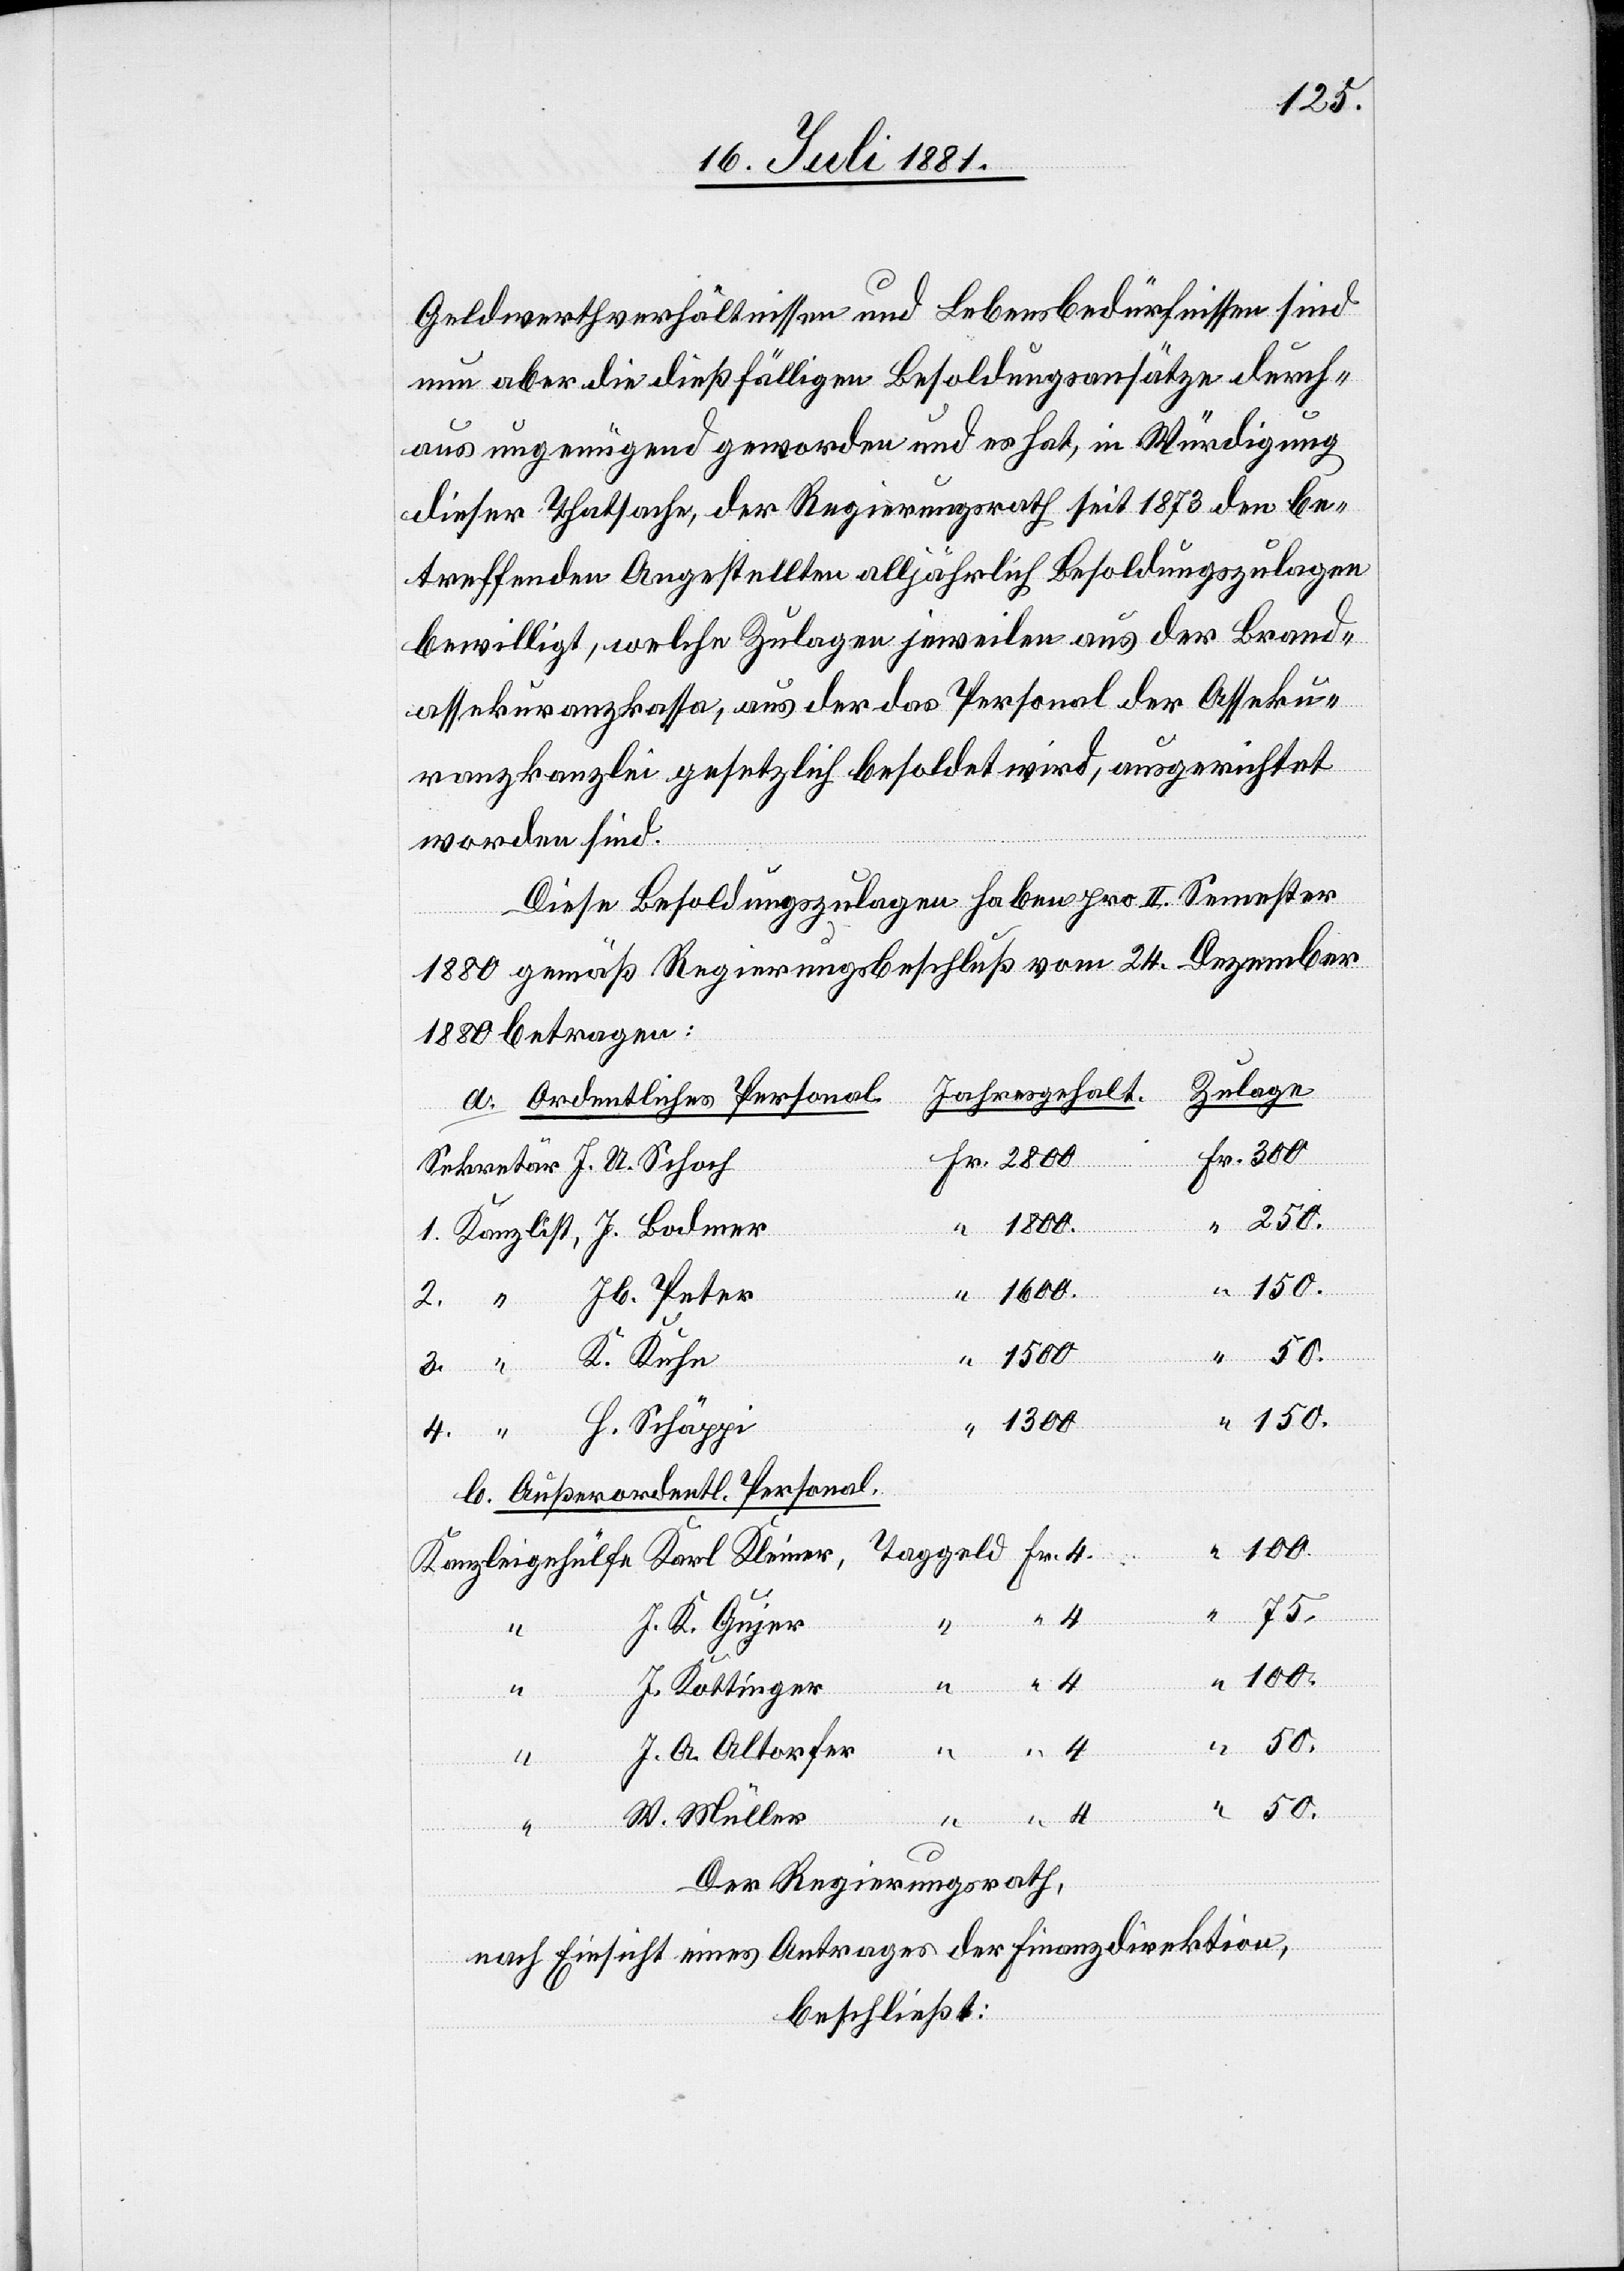
250.
Geldwerthverhältnissen und Lebensbedürfnissen sind
nun aber die dießfälligen Besoldungsumsätze durch¬
aus ungenügend geworden und es hat, in Würdigung
dieser Thatsache, der Regierungsrath seit 1873 den be¬
treffenden Angestellten alljährlich Besoldungszulagen
bewilligt, welche Zulagen jeweilen aus der Brand¬
assekuranzkassa, aus der das Personal der Asseku¬
ranzkanzlei gesetzlich besoldet wird, ausgerichtet
worden sind.
Diese Besoldungszulagen haben pro II. Semester
1880 gemäß Regierungsbeschluß vom 24. Dezember
1880 betragen:
Zulagen
Jahresgehalt
a. Ordentliches Personal
100.
Jb. Peter
150.
K. Kuhn
3.
H. Schäppi
75.
b. Außerordentliches Personal.
J. K. Gujer
4
100.
J. Kottinger
4
4
50.
J. A. Altorfer
eld
4.
W. Müller
U.
Der Regierungsrath,
nach Einsicht eines Antrages der Finanzdirektion,
beschließt: